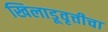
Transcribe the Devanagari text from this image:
खिलाडूवृत्तीचा